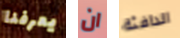
يعرفنا ان الدافئة